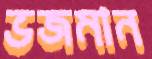
ভজমান